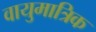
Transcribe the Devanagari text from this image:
वायुमात्रिक